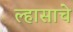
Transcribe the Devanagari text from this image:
ल्हासाचे